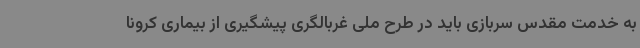
به خدمت مقدس سربازی باید در طرح ملی غربالگری پیشگیری از بیماری کرونا